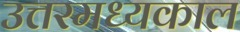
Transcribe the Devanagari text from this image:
उत्तरमध्यकाल